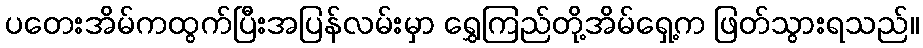
ပတေးအိမ်ကထွက်ပြီးအပြန်လမ်းမှာ ရွှေကြည်တို့အိမ်ရှေ့က ဖြတ်သွားရသည်။